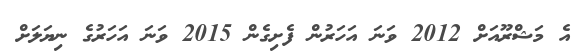
އެ މަޝްރޫއަށް 2012 ވަނަ އަހަރުން ފެށިގެން 2015 ވަނަ އަހަރުގެ ނިޔަލަށް